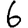
Digit: 6